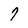
Character: 7